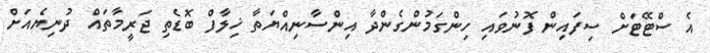
އެ ސްޓޭޓަށް ސިފައިން ފޮނުވައި ހިންގަމުންގެންދާ އިންސާނިއްޔަތާ ޚިލާފް ބޮޑެތި ޖަރީމާތައް ދުނިޔެއަށް